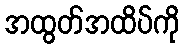
အထွတ်အထိပ်ကို